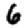
Digit: 6